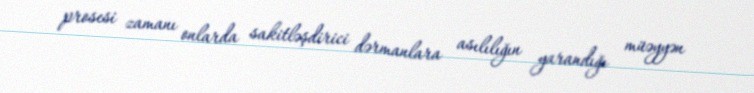
prosesi zamanı onlarda sakitləşdirici dərmanlara asılılığın yarandığı müəyyən